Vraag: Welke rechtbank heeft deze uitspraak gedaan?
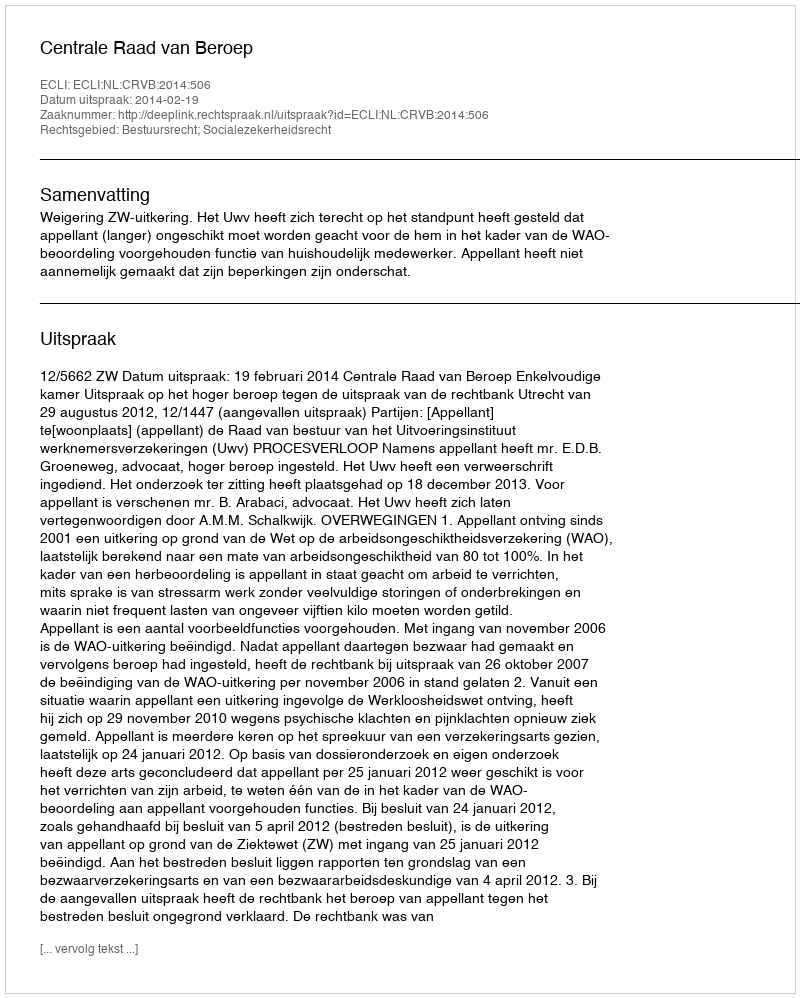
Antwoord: Centrale Raad van Beroep